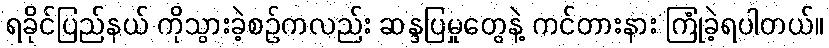
ရခိုင်ပြည်နယ် ကိုသွားခဲ့စဉ်ကလည်း ဆန္ဒပြမှုတွေနဲ့ ကင်တားနား ကြုံခဲ့ရပါတယ်။